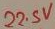
Text: 22.5V